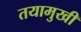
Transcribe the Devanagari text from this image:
तयामुखी